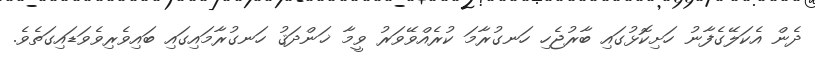
ދެން އެކަލޭގެފާނު ހަށިކޮޅުގައި ބާރުޖެހި ހަނގުރާމަ ކުރެއްވޭވަރު ވީމާ ޚަންދަޤު ހަނގުރާމައިގައި ބައިވެރިވެވަޑައިގަތެވެ.